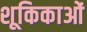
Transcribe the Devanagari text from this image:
शूकिकाओं